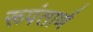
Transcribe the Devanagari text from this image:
रूपंतार्ण